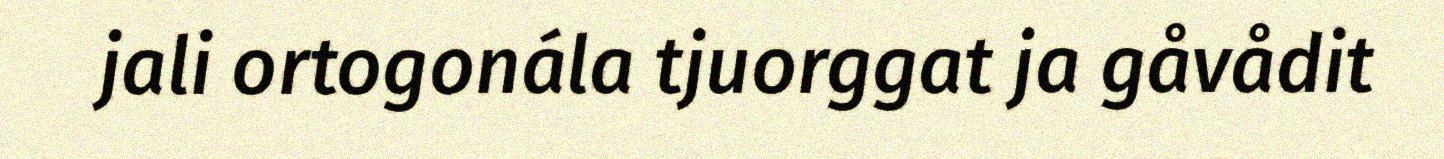
jali ortogonála tjuorggat ja gåvådit